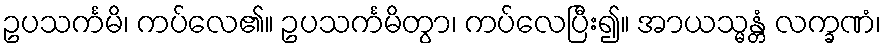
ဥပသင်္ကမိ၊ ကပ်လေ၏။ ဥပသင်္ကမိတွာ၊ ကပ်လေပြီး၍။ အာယသ္မန္တံ လက္ခဏံ၊